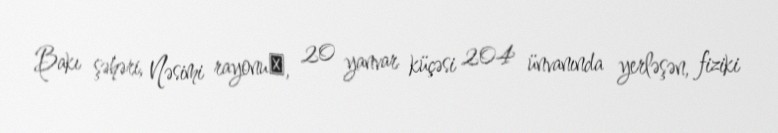
Bakı şəhəri, Nəsimi rayonu‎, 20 yanvar küçəsi 204 ünvanında yerləşən, fiziki